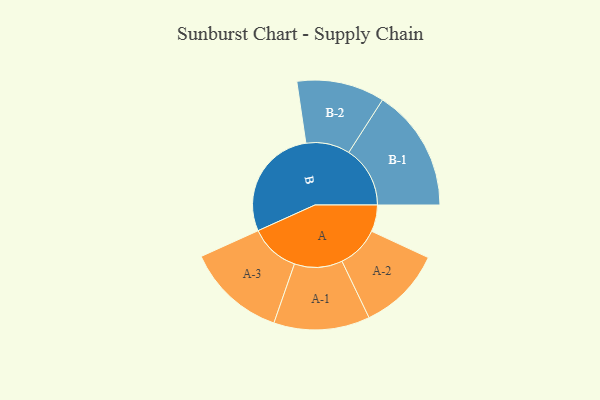
{"axis": {"x": "Segment", "y": "Value"}, "legend": ["", "A", "B"], "data": [{"x": "A", "y": 106, "type": ""}, {"x": "B", "y": 451, "type": ""}, {"x": "A-1", "y": 191, "type": "A"}, {"x": "A-2", "y": 168, "type": "A"}, {"x": "A-3", "y": 198, "type": "A"}, {"x": "B-1", "y": 244, "type": "B"}, {"x": "B-2", "y": 175, "type": "B"}]}